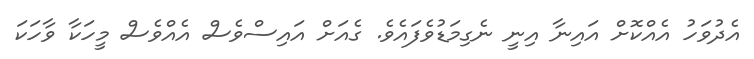
އެދުވަހު އެއްކޮށް އައިނާ އިނީ ނެގިމަޑުވެފައެވެ. ގެއަށް އައިސްވެސް އެއްވެސް މީހަކާ ވާހަކަ